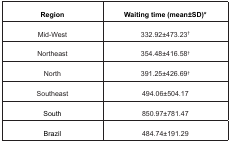
<table><thead><tr><td><b>Region</b></td><td><b>Waiting time (mean±SD)*</b></td></tr></thead><tbody><tr><td>Mid-West</td><td>332.92±473.23<sup>†</sup></td></tr><tr><td>Northeast</td><td>354.48±416.58<sup>†</sup></td></tr><tr><td>North</td><td>391.25±426.69<sup>†</sup></td></tr><tr><td>Southeast</td><td>494.06±504.17</td></tr><tr><td>South</td><td>850.97±781.47</td></tr><tr><td>Brazil</td><td>484.74±191.29</td></tr></tbody></table>